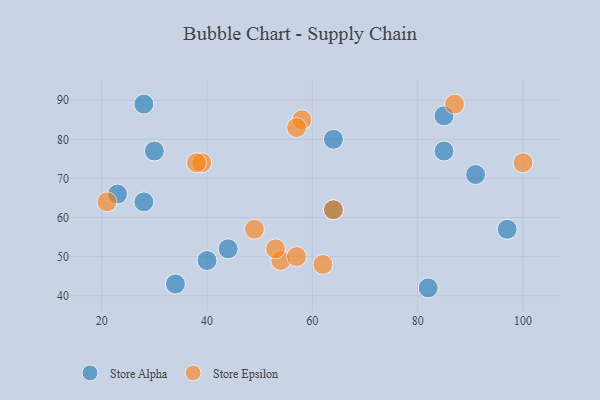
{"axis": {"x": "GDP", "y": "Life Expectancy"}, "legend": ["Store Alpha", "Store Epsilon"], "data": [{"x": "44", "y": 52, "type": "Store Alpha"}, {"x": "30", "y": 77, "type": "Store Alpha"}, {"x": "40", "y": 49, "type": "Store Alpha"}, {"x": "82", "y": 42, "type": "Store Alpha"}, {"x": "85", "y": 86, "type": "Store Alpha"}, {"x": "85", "y": 77, "type": "Store Alpha"}, {"x": "28", "y": 64, "type": "Store Alpha"}, {"x": "34", "y": 43, "type": "Store Alpha"}, {"x": "23", "y": 66, "type": "Store Alpha"}, {"x": "91", "y": 71, "type": "Store Alpha"}, {"x": "64", "y": 62, "type": "Store Alpha"}, {"x": "97", "y": 57, "type": "Store Alpha"}, {"x": "28", "y": 89, "type": "Store Alpha"}, {"x": "64", "y": 80, "type": "Store Alpha"}, {"x": "87", "y": 89, "type": "Store Epsilon"}, {"x": "54", "y": 49, "type": "Store Epsilon"}, {"x": "39", "y": 74, "type": "Store Epsilon"}, {"x": "58", "y": 85, "type": "Store Epsilon"}, {"x": "49", "y": 57, "type": "Store Epsilon"}, {"x": "57", "y": 83, "type": "Store Epsilon"}, {"x": "64", "y": 62, "type": "Store Epsilon"}, {"x": "21", "y": 64, "type": "Store Epsilon"}, {"x": "62", "y": 48, "type": "Store Epsilon"}, {"x": "53", "y": 52, "type": "Store Epsilon"}, {"x": "57", "y": 50, "type": "Store Epsilon"}, {"x": "38", "y": 74, "type": "Store Epsilon"}, {"x": "100", "y": 74, "type": "Store Epsilon"}]}